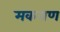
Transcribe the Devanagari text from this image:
मकराण